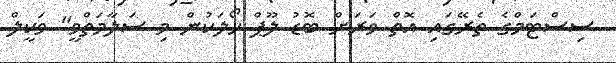
ސިސްޓަމްގެ ތެރޭގައި އޮތް ވަރަށް ބޮޑު ލޫޕް ހޯލަކުން މި ސަލާމަތްވީ" ވަކީލް